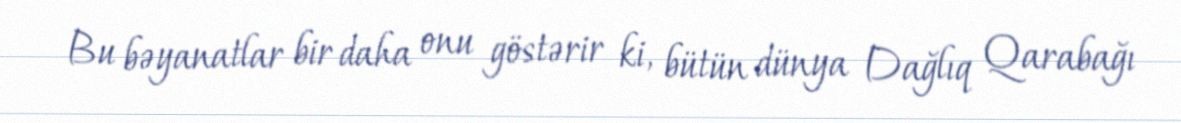
Bu bəyanatlar bir daha onu göstərir ki, bütün dünya Dağlıq Qarabağı